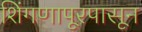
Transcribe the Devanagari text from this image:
शिंगणापूरपासून